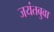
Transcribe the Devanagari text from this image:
जयंतबुवा